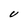
Character: v